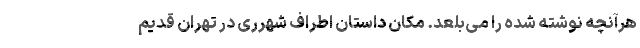
هرآنچه‌ نوشته شده را می‌بلعد. مکان داستان اطراف شهرری در تهران قدیم